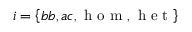
i = \left\{ b b , a c , \mathrm { ~ h ~ o ~ m ~ } , \mathrm { ~ h ~ e ~ t ~ } \right\}